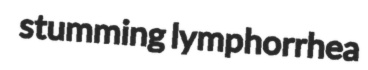
stumming lymphorrhea